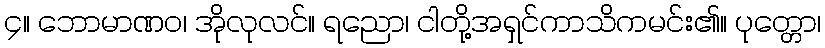
၄။ ဘောမာဏဝ၊ အိုလုလင်။ ရညော၊ ငါတို့အရှင်ကာသိကမင်း၏။ ပုတ္တော၊